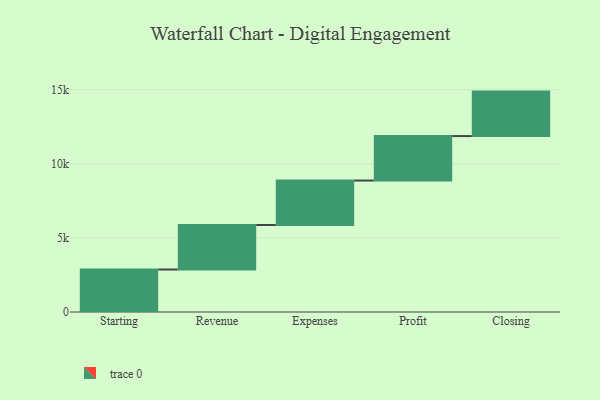
{"axis": {"x": "Step", "y": "Value"}, "legend": [""], "data": [{"x": "Starting", "y": 2868.0, "type": ""}, {"x": "Revenue", "y": 3000, "type": ""}, {"x": "Expenses", "y": 3000, "type": ""}, {"x": "Profit", "y": 3000, "type": ""}, {"x": "Closing", "y": 3000, "type": ""}]}